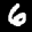
Label: 6